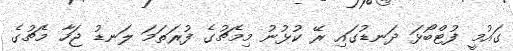
ގައުމީ ފުޓްބޯޅަ ދަނޑުގައި ރޭ ކުޅުނު މިމެޗުގެ ފުރަތަމަ ލަނޑު ޖަހާ މެޗުގެ